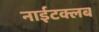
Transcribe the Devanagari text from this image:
नाईटक्लब